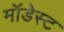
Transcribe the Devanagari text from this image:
मॉडेस्ट